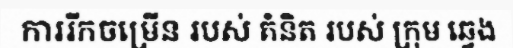
ការរីកចម្រើន របស់ គំនិត របស់ ក្រុម ឆ្វេង